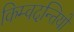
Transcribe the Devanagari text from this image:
किम्वदन्तियों